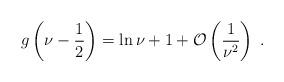
LaTeX: \begin{align*}g\left(\nu-\frac{1}{2}\right) = \ln\nu + 1 + \mathcal{O}\left(\frac{1}{\nu^2}\right)\;.\end{align*}